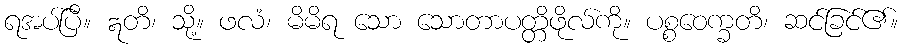
ရအပ်ပြီ။ ဣတိ၊ သို့။ ဖလံ၊ မိမိရ သော သောတာပတ္တိဖိုလ်ကို။ ပစ္စဝေက္ခတိ၊ ဆင်ခြင်၏။